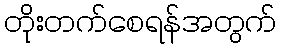
တိုးတက်စေရန်အတွက်